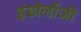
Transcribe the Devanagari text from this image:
इंडोलॉजी